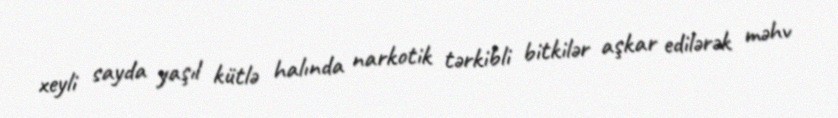
xeyli sayda yaşıl kütlə halında narkotik tərkibli bitkilər aşkar edilərək məhv